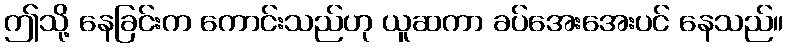
ဤသို့ နေခြင်းက ကောင်းသည်ဟု ယူဆကာ ခပ်အေးအေးပင် နေသည်။